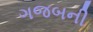
ગજબની